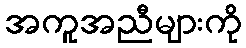
အကူအညီများကို